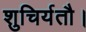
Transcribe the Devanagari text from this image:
शुचिर्यतौ।